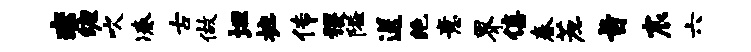
赤缠吹凑古做坦摭传稷隘送绝意界僖春蔗旨宸六